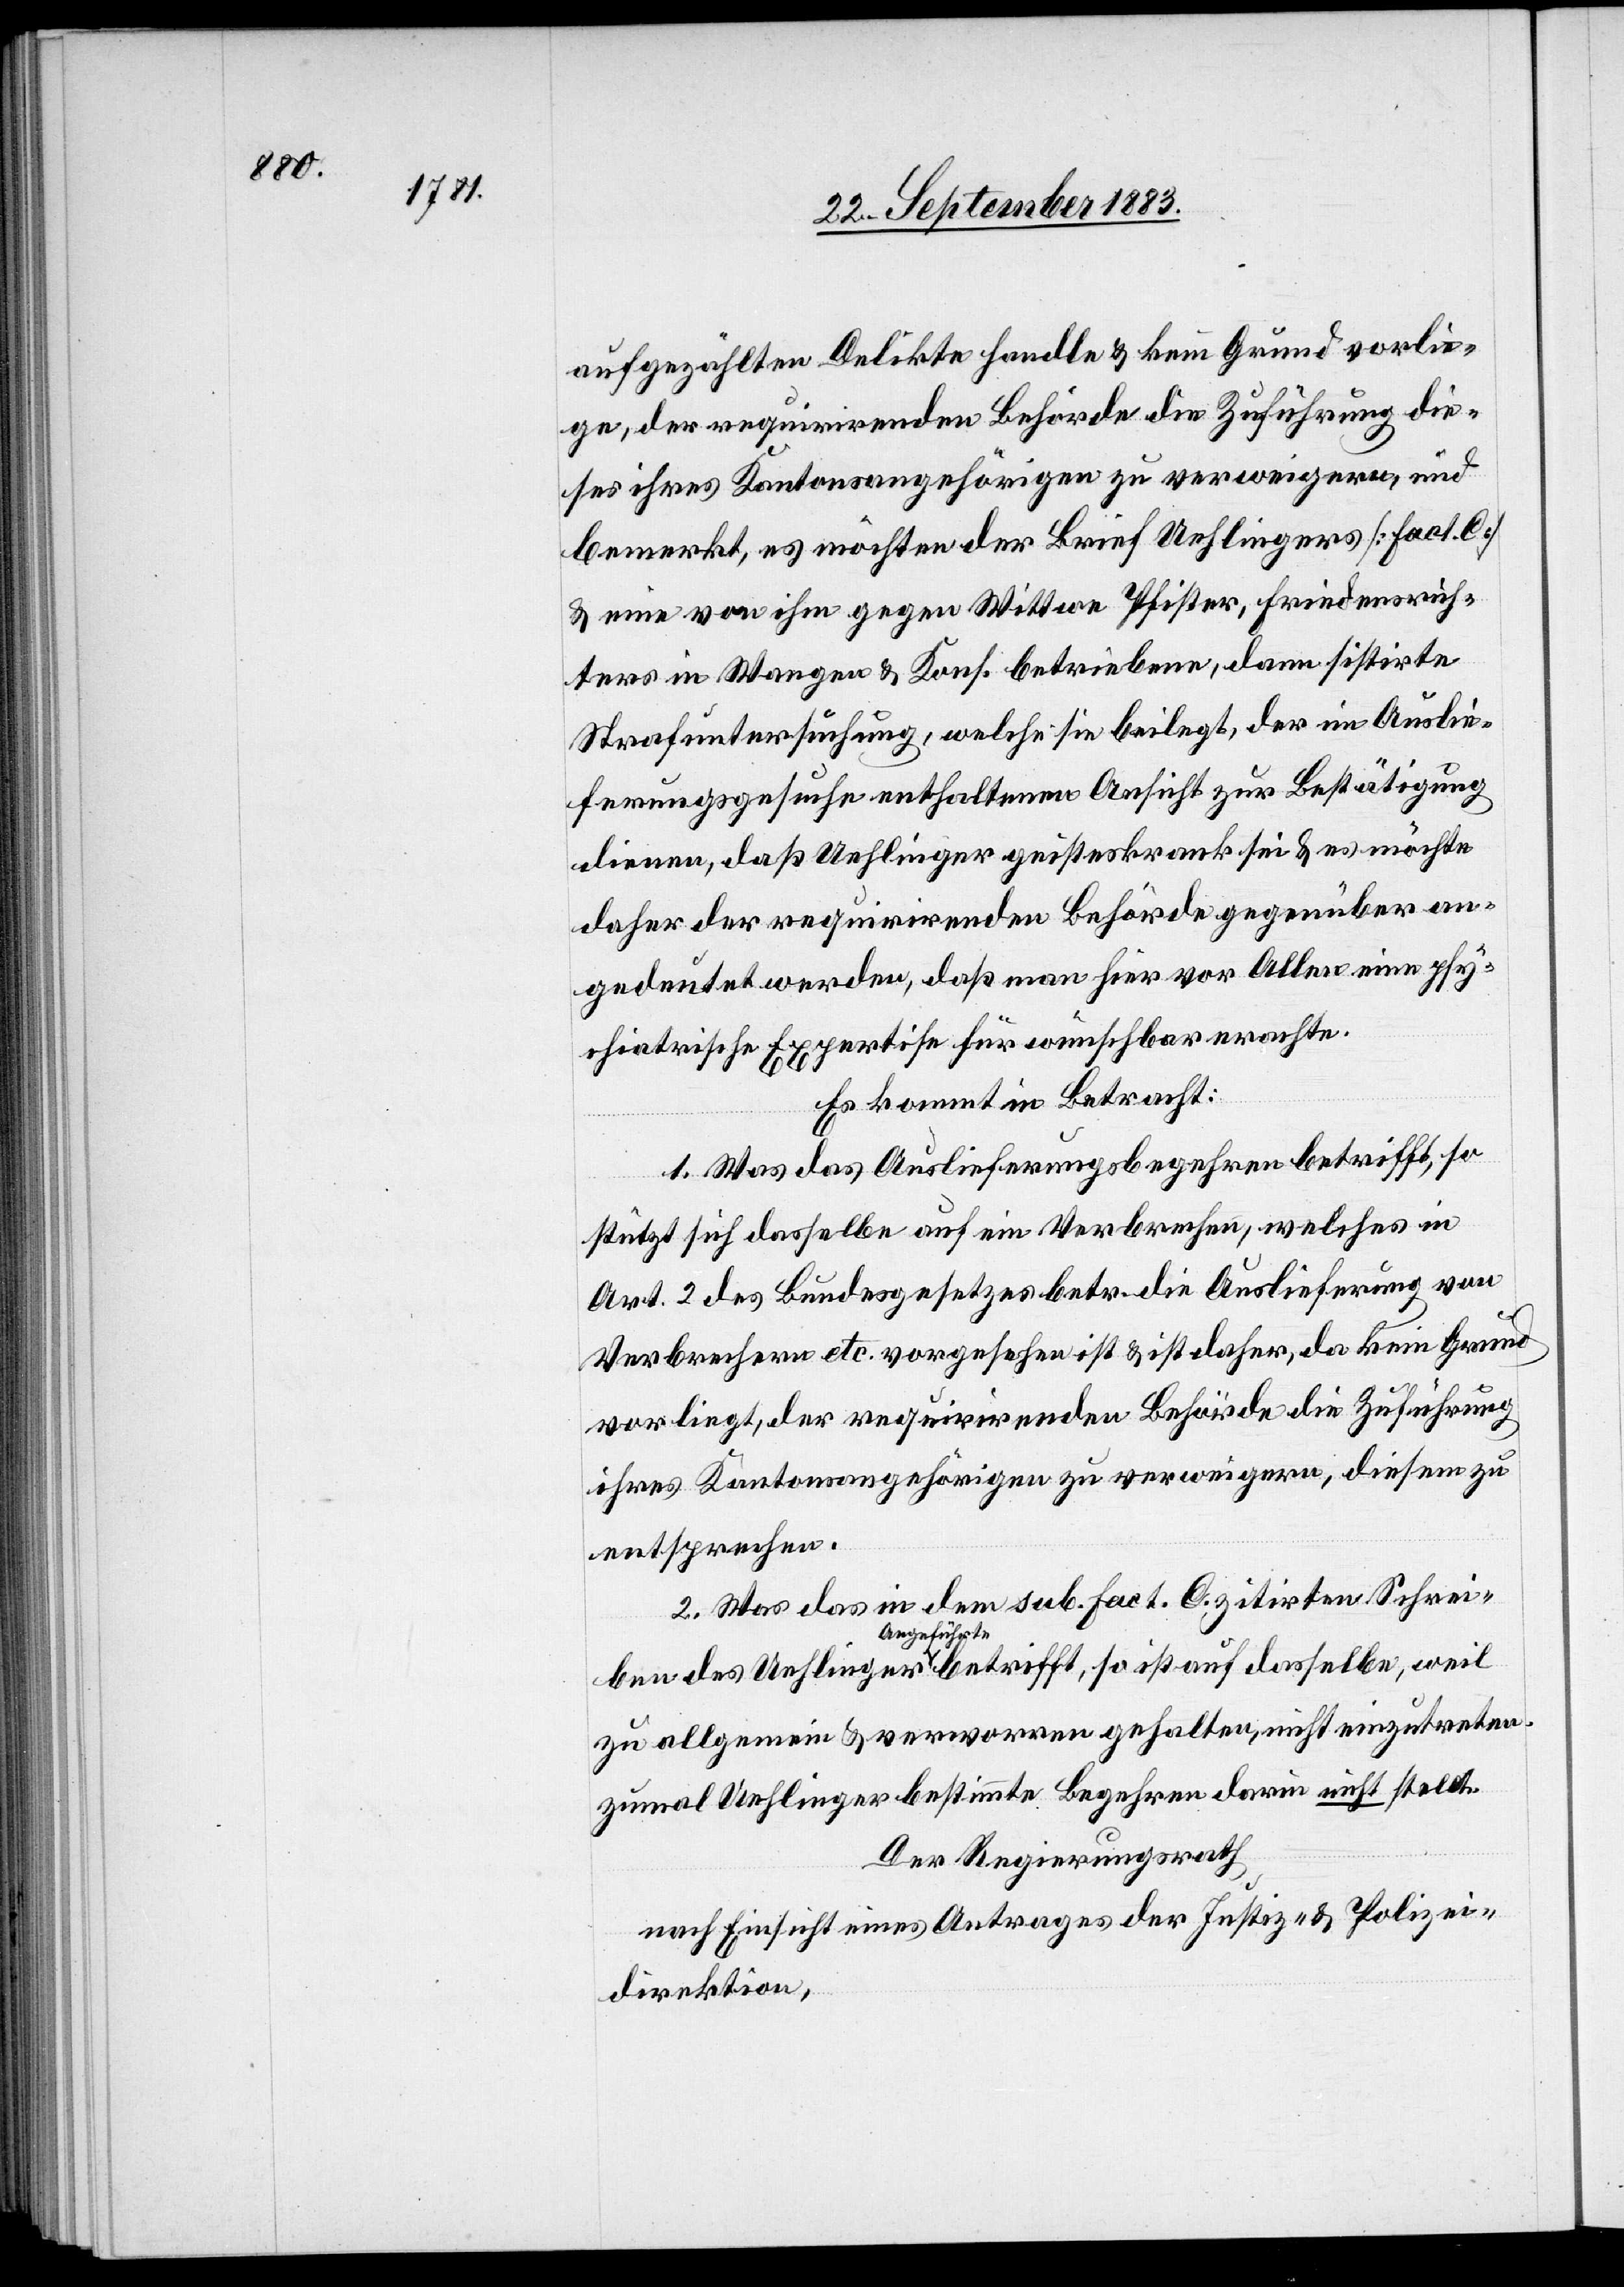
aufgezählten Delikte handle & kein Grund vorlie¬
ge, der requirirenden Behörde die Zuführung die¬
ses ihres Kantonsangehörigen zu verweigern, und
bemerkt, es möchte der Brief Uehlingers [Fact. C.]
& eine von ihm gegen Wittwe Pfister, Friedensrich¬
ters in Wangen & Kons. betriebene, dann sistirte
Strafuntersuchung, welche sie beilegt, der im Auslie¬
ferungsgesuche enthaltenen Ansicht zur Bestätigung
dienen, daß Uehlinger geisteskrank sei & es möchte
daher der requirirenden Behörde gegenüber an¬
gedeutet werden, daß man hier vor Allen [sic!] eine psy¬
chiatrische Expertise für wünschbar erachte.
Es kommt in Betracht:
1. Was das Auslieferungsbegehren betrifft, so
stützt sich dasselbe auf ein Verbrechen, welches in
Art. 2 des Bundesgesetzes betr. die Auslieferung von
Verbrechern etc. vorgesehen ist & ist daher, da kein Grund
vorliegt, der requirirenden Behörde die Zuführung
ihres Kantonsangehörigen zu verweigern, diesem zu
entsprechen.
2. Was das in dem sub. Fact. C. zitirten Schrei¬
ben des Uehlinger Angeführte betrifft, so ist auf dasselbe, weil
zu allgemein & verworren gehalten, nicht einzutreten,
zumal Uehlinger bestimmte Begehren darin nicht stellt.
Der Regierungsrath,
nach Einsicht eines Antrages der Justiz- & Polizei¬
direktion,